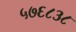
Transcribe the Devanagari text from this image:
५७६८३८